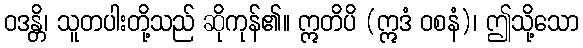
ဝဒန္တိ၊ သူတပါးတို့သည် ဆိုကုန်၏။ ဣတိပိ (ဣဒံ ဝစနံ)၊ ဤသို့သော